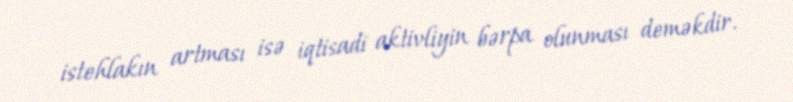
istehlakın artması isə iqtisadi aktivliyin bərpa olunması deməkdir.